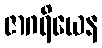
ဇာဂရိယေန